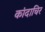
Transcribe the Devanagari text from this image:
कांदाचिर